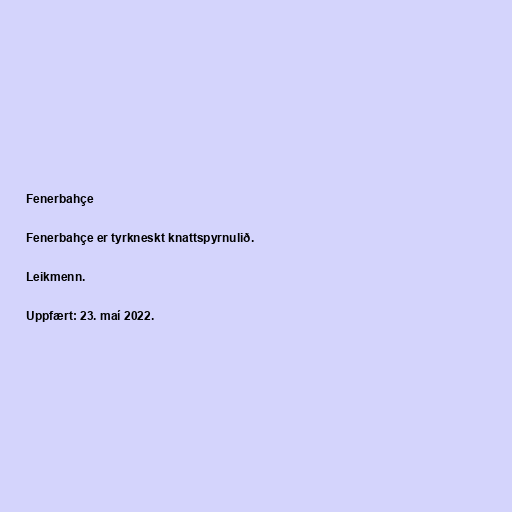
Fenerbahçe

Fenerbahçe er tyrkneskt knattspyrnulið.

Leikmenn.

Uppfært: 23. maí 2022.